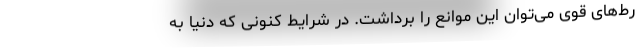
رط‌های قوی می‌توان این موانع را برداشت. در شرایط کنونی که دنیا به